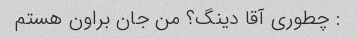
: چطوری آقا دینگ؟ من جان براون هستم